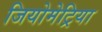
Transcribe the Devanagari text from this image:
जियोमेट्रिया